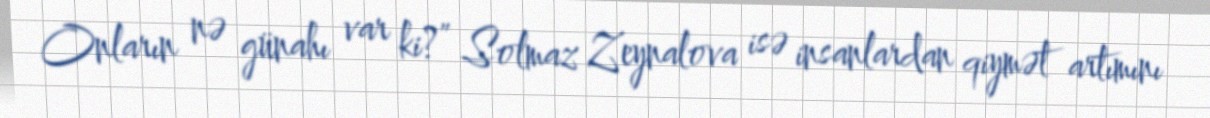
Onların nə günahı var ki?” Solmaz Zeynalova isə insanlardan qiymət artımını